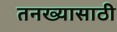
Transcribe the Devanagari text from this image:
तनख्यासाठी